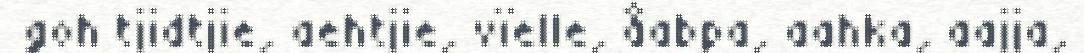
goh tjidtjie, aehtjie, vïelle, åabpa, aahka, aajja,